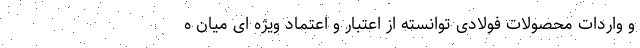
و واردات محصولات فولادی توانسته از اعتبار و اعتماد ویژه ای میان ه